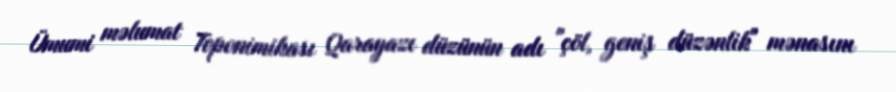
Ümumi məlumat Toponimikası Qarayazı düzünün adı "çöl, geniş düzənlik" mənasını